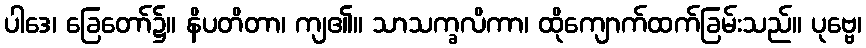
ပါဒေ၊ ခြေတော်၌။ နိပတိတာ၊ ကျ၏။ သာသက္ခလိကာ၊ ထိုကျောက်ထက်ခြမ်းသည်။ ပုဗ္ဗေ၊